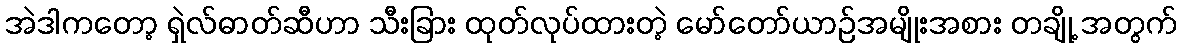
အဲဒါကတော့ ရှဲလ်ဓာတ်ဆီဟာ သီးခြား ထုတ်လုပ်ထားတဲ့ မော်တော်ယာဉ်အမျိုးအစား တချို့ အတွက်